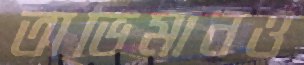
অভিমানও